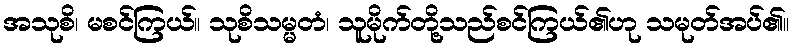
အသုစိ၊ မစင်ကြယ်။ သုစိသမ္မတံ၊ သူမိုက်တို့သည်စင်ကြယ်၏ဟု သမုတ်အပ်၏။